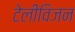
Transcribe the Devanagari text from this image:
टेलीविजन